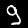
Digit: 9